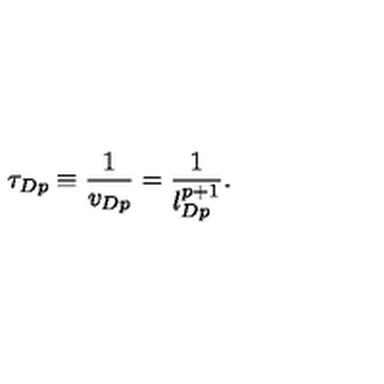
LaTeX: \tau _ { D p } \equiv \frac { 1 } { v _ { D p } } = \frac { 1 } { l _ { D p } ^ { p + 1 } } .